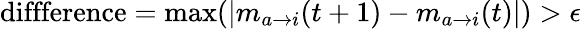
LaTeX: \mathrm{diffference}=\operatorname*{max}_{}(|m_{a\rightarrow i}(t+1)-m_{a\rightarrow i}(t)|)>\epsilon